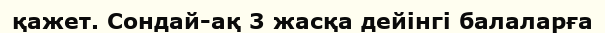
қажет. Сондай-ақ 3 жасқа дейінгі балаларға